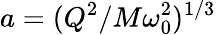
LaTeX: a=(Q^{2}/M\omega_{0}^{2})^{1/3}